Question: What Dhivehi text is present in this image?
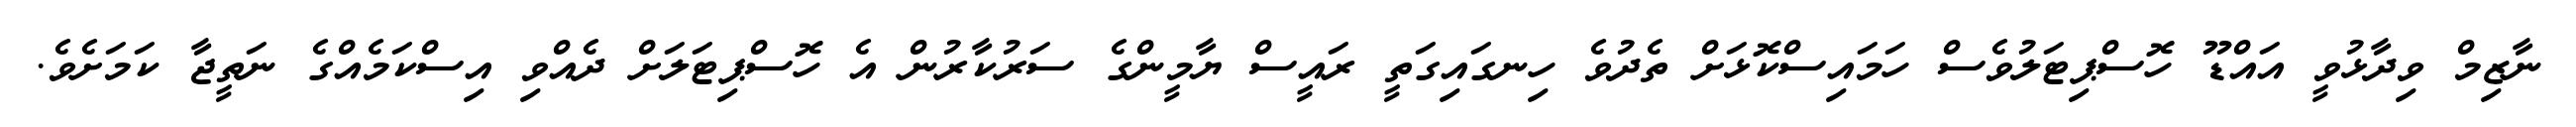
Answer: ނާޒިމް ވިދާޅުވީ އައްޑޫ ހޮސްޕިޓަލުވެސް ހަމައިސްކޮޅަށް ތެދުވެ ހިނގައިގަތީ ރައީސް ޔާމީންގެ ސަރުކާރުން އެ ހޮސްޕިޓަލަށް ދެއްވި އިސްކަމެއްގެ ނަތީޖާ ކަމަށެވެ.